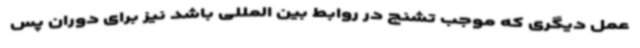
عمل دیگری که موجب تشنج در روابط بین المللی باشد نیز برای دوران پس